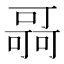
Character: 𠾳